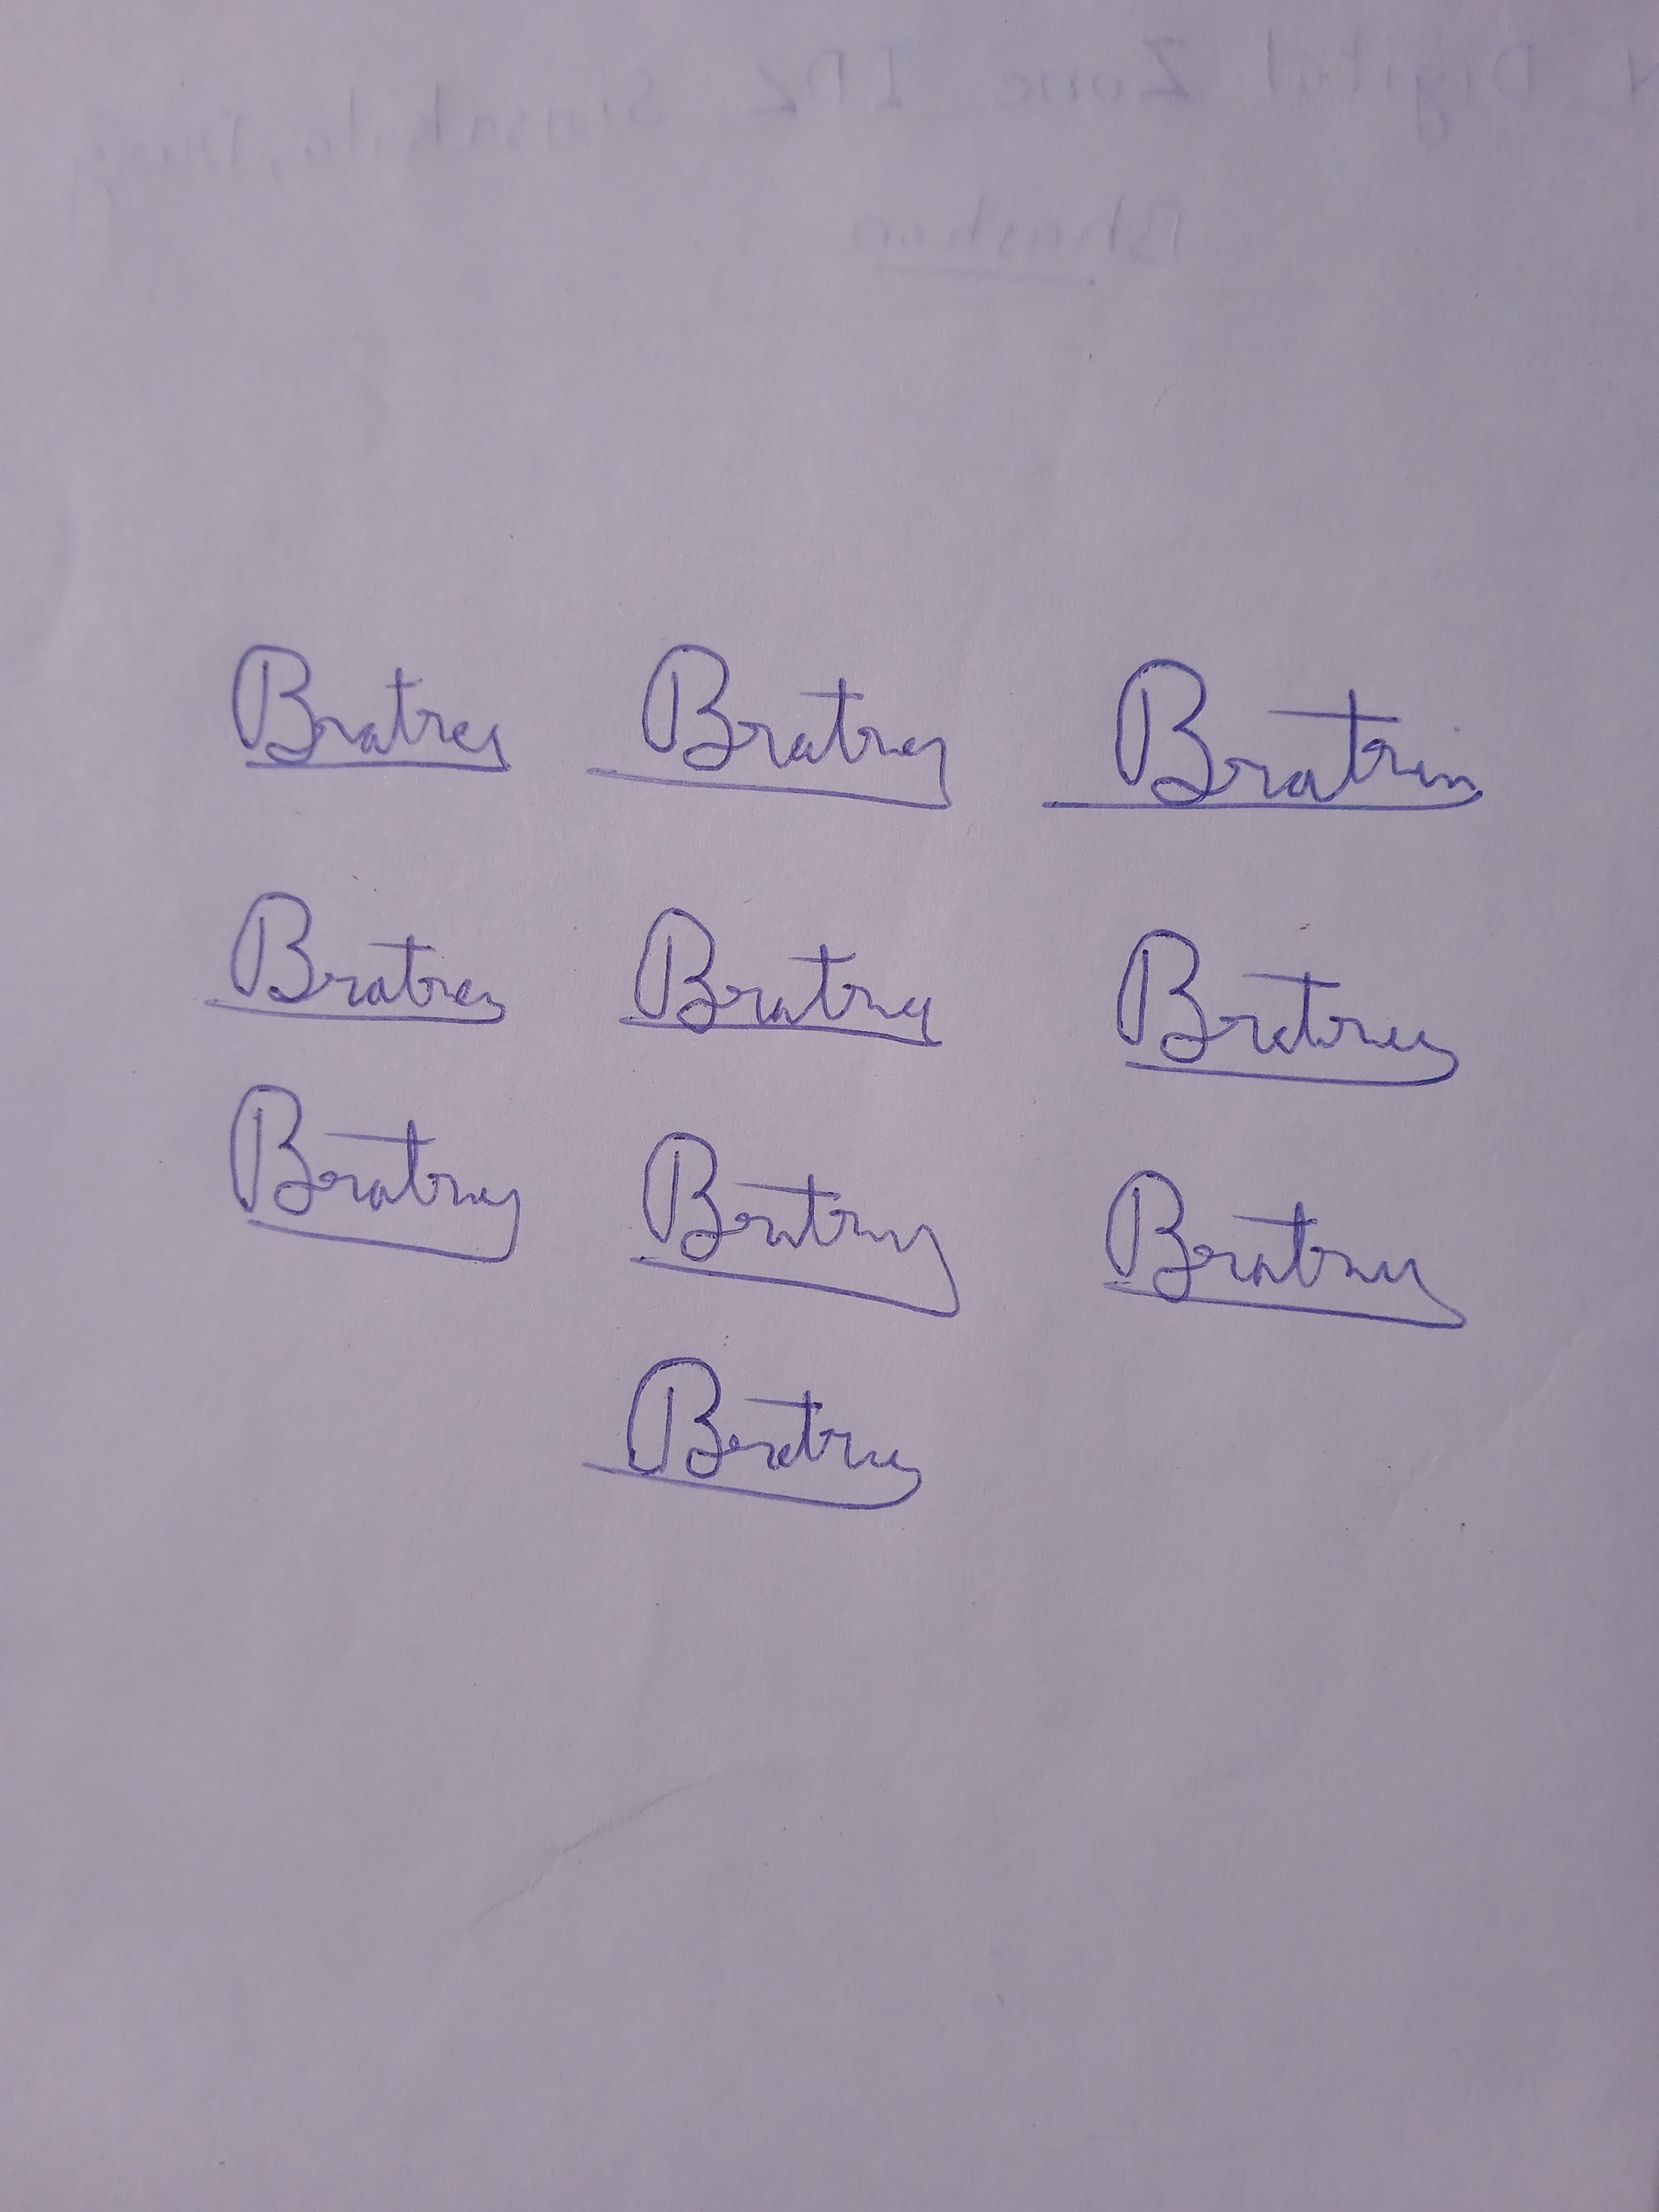
Signature authenticity: genuine